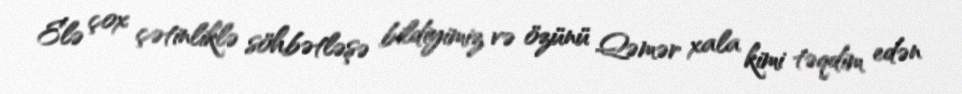
Elə çox çətinliklə söhbətləşə bildiyimiz və özünü Qəmər xala kimi təqdim edən